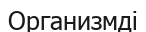
Организмді